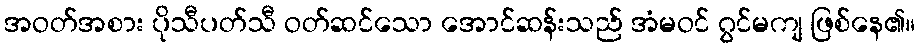
အဝတ်အစား ပိုသီပတ်သီ ဝတ်ဆင်သော အောင်ဆန်းသည် အံမဝင် ဂွင်မကျ ဖြစ်နေ၏။